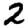
Digit: 2